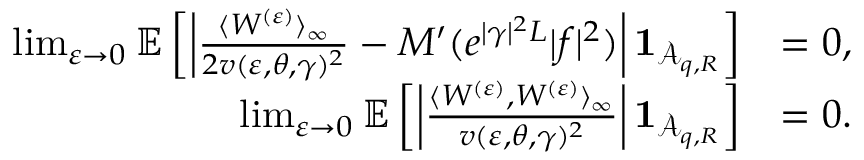
\begin{array} { r l } { \operatorname* { l i m } _ { \varepsilon \to 0 } { \ensuremath { \mathbb E } } \left[ \left| \frac { \langle W ^ { ( \varepsilon ) } \rangle _ { \infty } } { 2 v ( \varepsilon , \theta , \gamma ) ^ { 2 } } - M ^ { \prime } ( e ^ { | \gamma | ^ { 2 } L } | f | ^ { 2 } ) \right| \mathbf { 1 } _ { \mathcal A _ { q , R } } \right] } & { = 0 , } \\ { \operatorname* { l i m } _ { \varepsilon \to 0 } { \ensuremath { \mathbb E } } \left[ \left| \frac { \langle W ^ { ( \varepsilon ) } , W ^ { ( \varepsilon ) } \rangle _ { \infty } } { v ( \varepsilon , \theta , \gamma ) ^ { 2 } } \right| \mathbf { 1 } _ { \mathcal A _ { q , R } } \right] } & { = 0 . } \end{array}